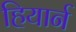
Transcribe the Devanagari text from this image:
हियार्न